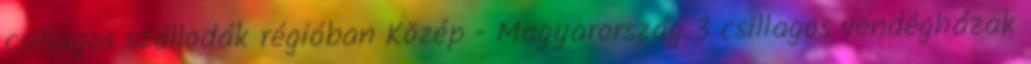
csillagos szállodák régióban Közép - Magyarország 3 csillagos vendégházak